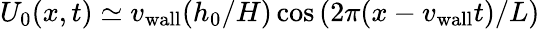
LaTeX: U_{0}(x,t)\simeq v_{\mathrm{wall}}(h_{0}/H)\cos\left(2\pi(x-v_{\mathrm{wall}}t)/L\right)